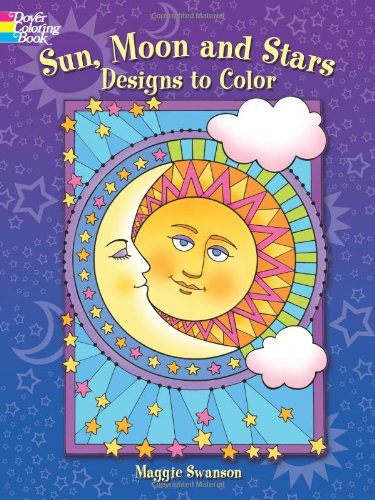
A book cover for Sun, Moon and Stars Designs to Color (Dover Coloring Books); Maggie Swanson; Science & Math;